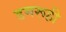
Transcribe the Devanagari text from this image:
डमरूही